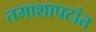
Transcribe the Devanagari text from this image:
तमाशापटांत